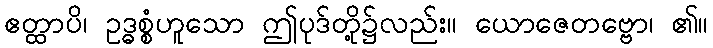
ဧတ္ထာပိ၊ ဥဒ္ဓစ္စံဟူသော ဤပုဒ်တို့၌လည်း။ ယောဇေတဗ္ဗော၊ ၏။